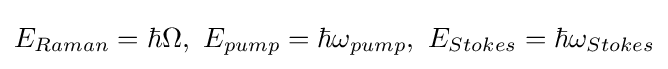
E_{Raman}=\hbar \Omega ,\ E_{pump}=\hbar \omega _{pump},\ E_{Stokes}=\hbar \omega _{Stokes}